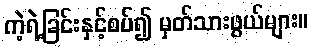
ကဲ့ရဲ့ခြင်းနှင့်စပ်၍ မှတ်သားဖွယ်များ။